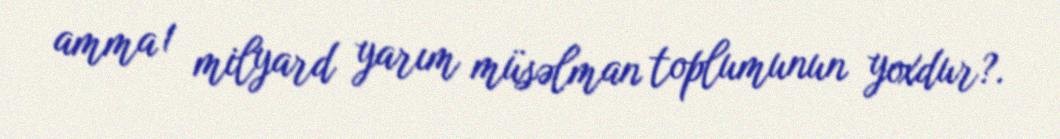
amma 1 milyard yarım müsəlman toplumunun yoxdur?.